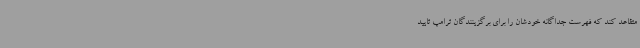
متقاعد کند که فهرست جداگانه خودشان را برای برگزینندگان ترامپ تایید